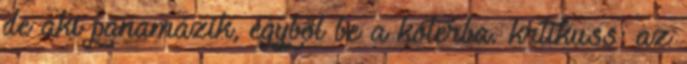
de aki panamázik, egyből be a kóterba. krtikuss: az